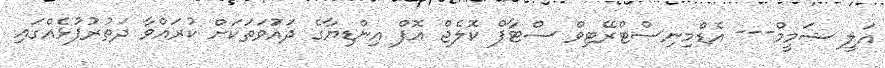
އަލީ ޝަމީމް--- އެޑްމިނިސްޓްރޭޓިވް ސްޓާފް ކޮލެޖް އޮފް އިންޑިޔާގެ ދައަުވަތަކަށް ކުރައްވާ ދަތުރުފުޅެއްގައި